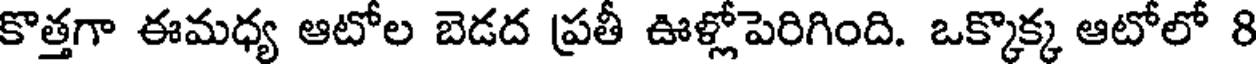
కొత్తగా ఈమధ్య ఆటోల బెడద ప్రతీ ఊళ్లోపెరిగింది. ఒక్కొక్క ఆటోలో 8